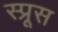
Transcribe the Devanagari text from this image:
स्‍प्रूस